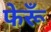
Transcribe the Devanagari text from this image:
फेरूँ